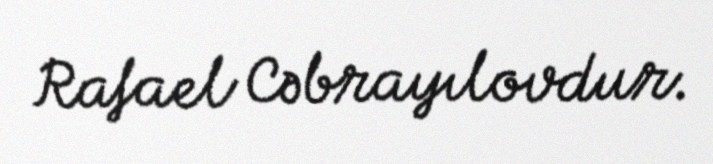
Rafael Cəbrayılovdur.